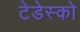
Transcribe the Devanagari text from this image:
टेडेस्को